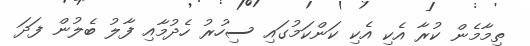
ތިމާމެން ކުރާ އެކި އެކި ކަންކަމުގައި ސިހުރު ހެދުމާއި ފާލު ބެލުން ފަދަ